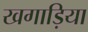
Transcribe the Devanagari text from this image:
खगाड़िया